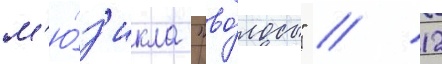
м'ю́з'икла "во́лосы" // 12